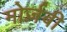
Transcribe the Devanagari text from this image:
मोर्ज़बी